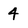
Character: 4